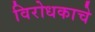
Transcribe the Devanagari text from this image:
विरोधकाचे